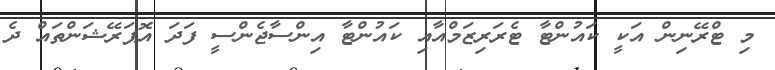
މި ޓްރޭނިން އަކީ ކައުންޓާ ޓެރަރިޒަމްއާއި ކައުންޓާ އިންސާޖެންސީ ފަދަ އޮޕަރޭޝަންތައް ދެ